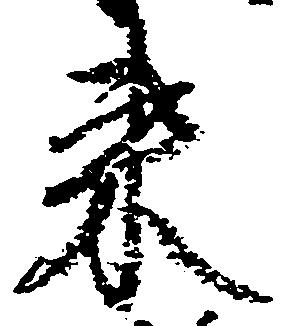
来